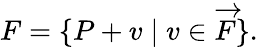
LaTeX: F=\{ P+v\mid v\in{\overrightarrow{F}}\} .